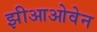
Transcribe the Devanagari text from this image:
झीआओवेन